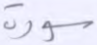
سورة